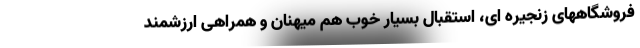
فروشگاههای زنجیره ای، استقبال بسیار خوب هم میهنان و همراهی ارزشمند